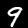
Digit: 9